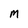
Character: M